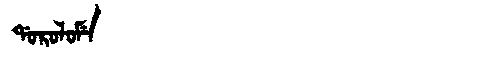
Manchu: ᡩᠣᡵᠣᠯᠣᠮᡝ
Romanization: DOROLOME